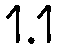
1.1